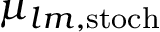
\mu _ { l m , \mathrm { s t o c h } }